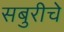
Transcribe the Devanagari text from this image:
सबुरीचे